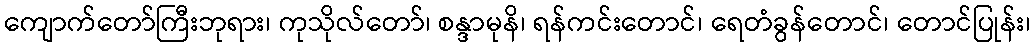
ကျောက်တော်ကြီးဘုရား၊ ကုသိုလ်တော်၊ စန္ဒာမုနိ၊ ရန်ကင်းတောင်၊ ရေတံခွန်တောင်၊ တောင်ပြုန်း၊